Annual report on the mental hospital in the Central Provinces and Berar (Nagpur) - 1927-1951
Year: 1927
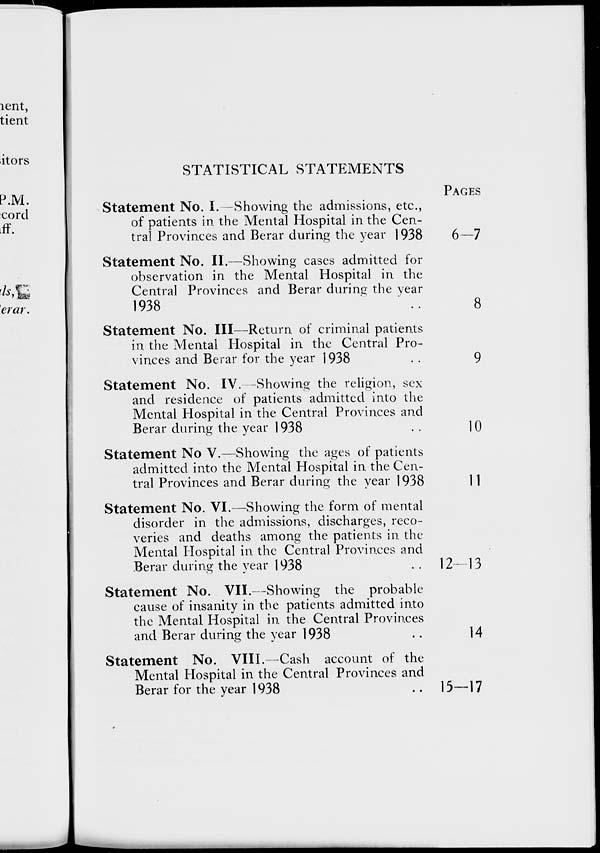
STATISTICAL STATEMENTS
Statement No. I.—Showing the admissions, etc.,
of patients in the Mental Hospital in the Cen-
tral Provinces and Berar during the year 1938
Statement No. II.—Showing cases admitted for
observation in the Mental Hospital in the
Central Provinces and Berar durine the year
1938 ..
Statement No. III—Return of criminal patients
in the Mental Hospital in the Central Pro-
vinces and Berar for the year 1938 ..
Statement No. IV.—Showing the religion, sex
and residence of patients admitted into the
Mental Hospital in the Central Provinces and
Berar during the year 1938 ..
Statement No V.—Showing the ages of patients
admitted into the Mental Hospital in the Cen-
tral Provinces and Berar during the year 1938
Statement No. VI.—Showing the form of mental
disorder in the admissions, discharges, reco¬
veries and deaths among the patients in the
Mental Hospital in the Central Provinces and
Berar during the year 1938 ..
Statement No. VII.—Showing the probable
cause of insanity in the patients admitted into
the Mental Hospital in the Central Provinces
and Berar during the year 1938 ..
Statement No. VIII.—Cash account of the
Mental Hospital in the Central Provinces and
Berar for the year 1938 ..
PAGES
6—7
8
9
10
11
12—13
14
15—17